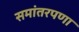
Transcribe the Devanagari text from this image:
समांतरपणा